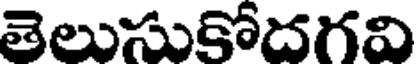
తెలుసుకోదగవి